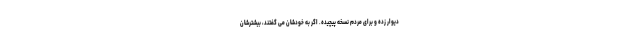
دیوار زده و برای مردم نسخه پیچیده. اگر به خودشان می گفتند، بیشترشان